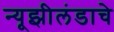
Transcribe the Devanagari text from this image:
न्यूझीलंडाचे